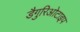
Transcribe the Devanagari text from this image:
डैगुरिओटाइप